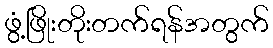
ဖွံ့ဖြိုးတိုးတက်ရန်အတွက်